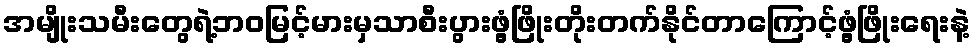
အမျိုးသမီးတွေရဲ့ဘဝမြင့်မားမှသာစီးပွားဖွံ့ဖြိုးတိုးတက်နိုင်တာကြောင့်ဖွံ့ဖြိုးရေးနဲ့